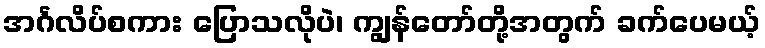
အင်္ဂလိပ်စကား ပြောသလိုပဲ၊ ကျွန်တော်တို့အတွက် ခက်ပေမယ့်